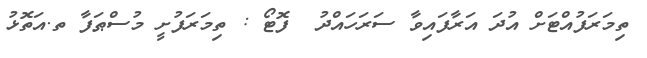
ތިމަރަފުއްޓަށް އުދަ އަރާފައިވާ ސަރަހައްދު  ފޮޓޯ : ތިމަރަފުށީ މުސްޠަފާ ތ.އަތޮޅު